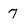
Character: 7